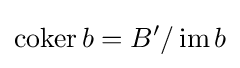
\operatorname {coker} b=B'/\operatorname {im} b